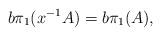
LaTeX: \begin{align*} b\pi_1(x^{-1}A)=b\pi_1(A),\end{align*}